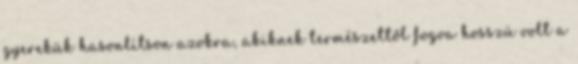
gyerekük hasonlítson azokra, akiknek természettől fogva hosszú volt a